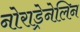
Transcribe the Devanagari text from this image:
नोराड्रेनेलिन